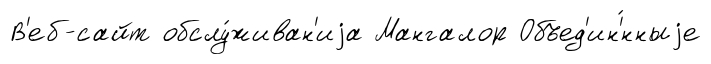
В'еб-сайт обслу́живан'иjа Мангалор Объед'ин'́нныjе